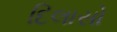
દિલાસો